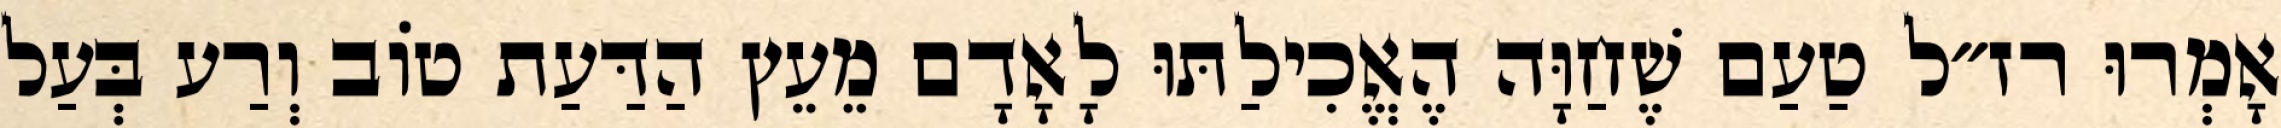
אָמְרוּ רז״ל טַעַם שֶׁחַוָּה הֶאֱכִילַתּוּ לָאָדָם מֵעֵץ הַדַּעַת טוֹב וְרַע בְּעַל